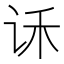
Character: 𰵝